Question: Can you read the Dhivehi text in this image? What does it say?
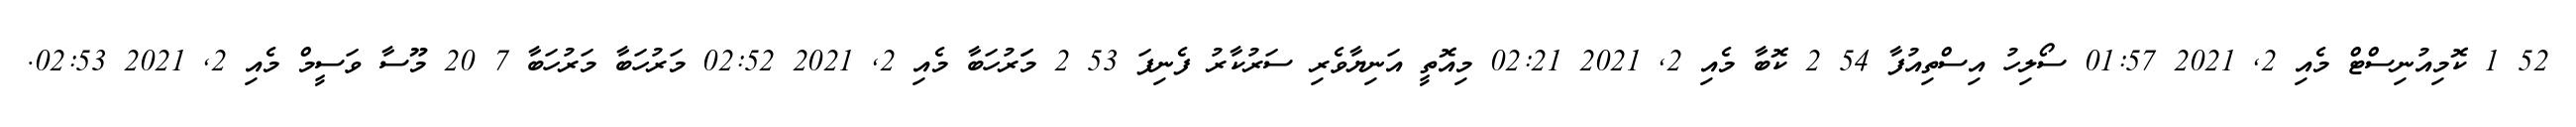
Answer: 52 1 ކޮމިއުނިސްޓް މެއި 2, 2021 01:57 ސޯލިހު އިސްތިއުފާ 54 2 ކޮބާ މެއި 2, 2021 02:21 މިއޮތީ އަނިޔާވެރި ސަރުކާރު ފެނިފަ 53 2 މަަރުހަބާ މެއި 2, 2021 02:52 މަރުހަބާ މަރުހަބާ 7 20 މޫސާ ވަސީމް މެއި 2, 2021 02:53.